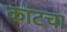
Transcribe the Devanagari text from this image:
कांटचा